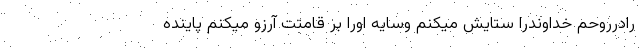
رادرروحم خداوندرا ستایش میکنم وسایه اورا بر قامتت آرزو میکنم پاینده